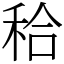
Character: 秴